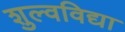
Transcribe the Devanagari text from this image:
शुल्वविद्या